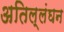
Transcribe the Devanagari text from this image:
अतिल्लंघन